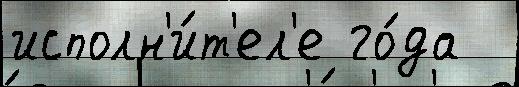
исполн'и́т'ел'е го́да